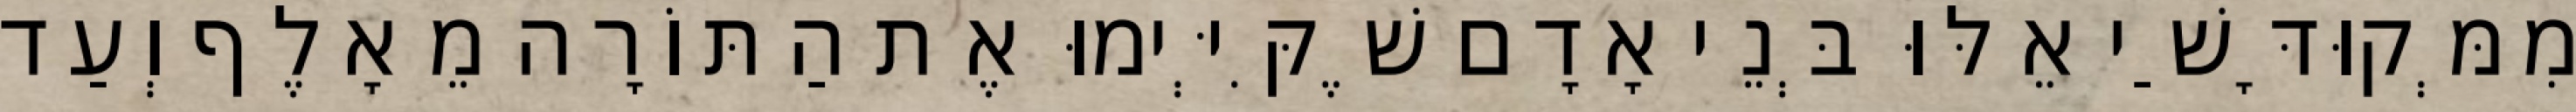
מִמְּקוּדָּשַׁי אֵלּוּ בְּנֵי אָדָם שֶׁקִּיְּימוּ אֶת הַתּוֹרָה מֵאָלֶף וְעַד